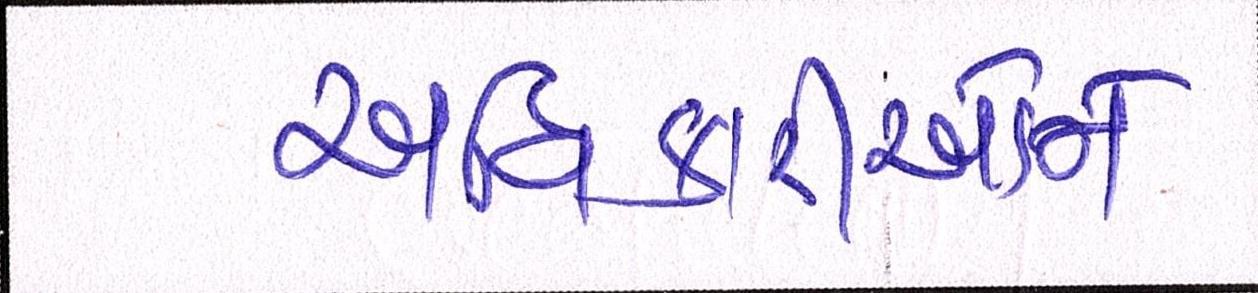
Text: અધિકારીઓને